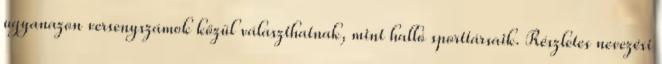
ugyanazon versenyszámok közül választhatnak, mint halló sporttársaik. Részletes nevezési